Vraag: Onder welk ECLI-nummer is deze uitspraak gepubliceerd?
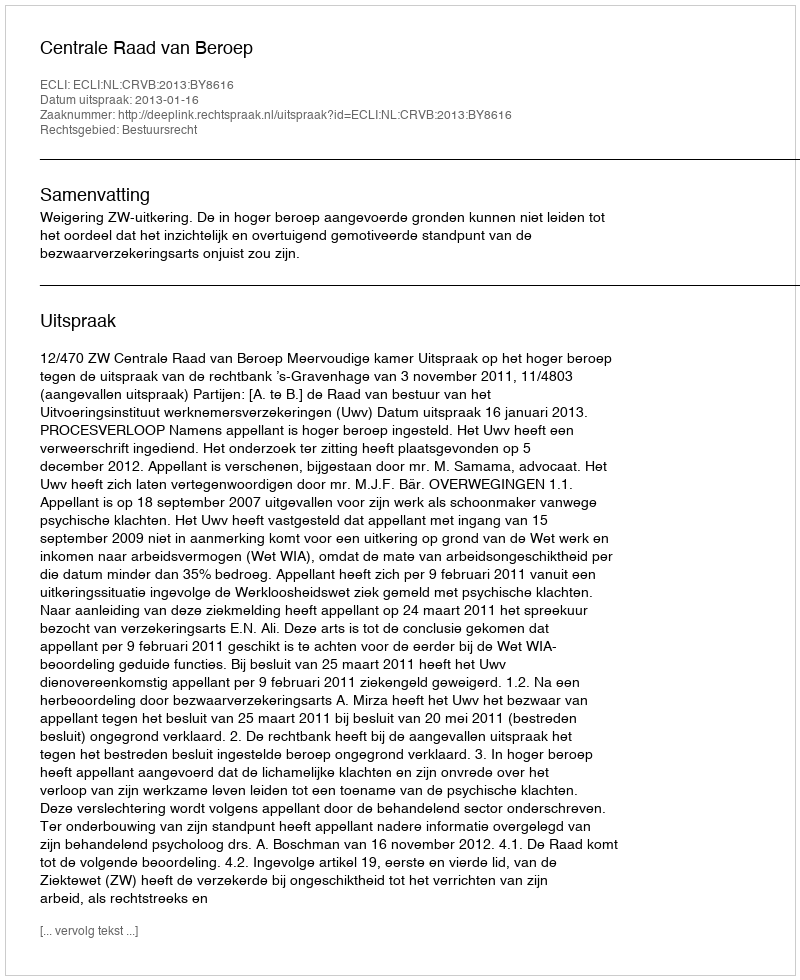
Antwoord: ECLI:NL:CRVB:2013:BY8616